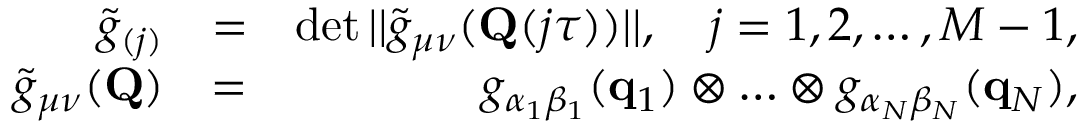
\begin{array} { r l r } { \tilde { g } _ { ( j ) } } & { = } & { \operatorname* { d e t } | | \tilde { g } _ { \mu \nu } ( \mathbf { Q } ( j \tau ) ) | | , ~ ~ ~ j = 1 , 2 , \ldots , M - 1 , } \\ { \tilde { g } _ { \mu \nu } ( \mathbf { Q } ) } & { = } & { g _ { \alpha _ { 1 } \beta _ { 1 } } ( \mathbf { q } _ { 1 } ) \otimes \ldots \otimes g _ { \alpha _ { N } \beta _ { N } } ( \mathbf { q } _ { N } ) , } \end{array}